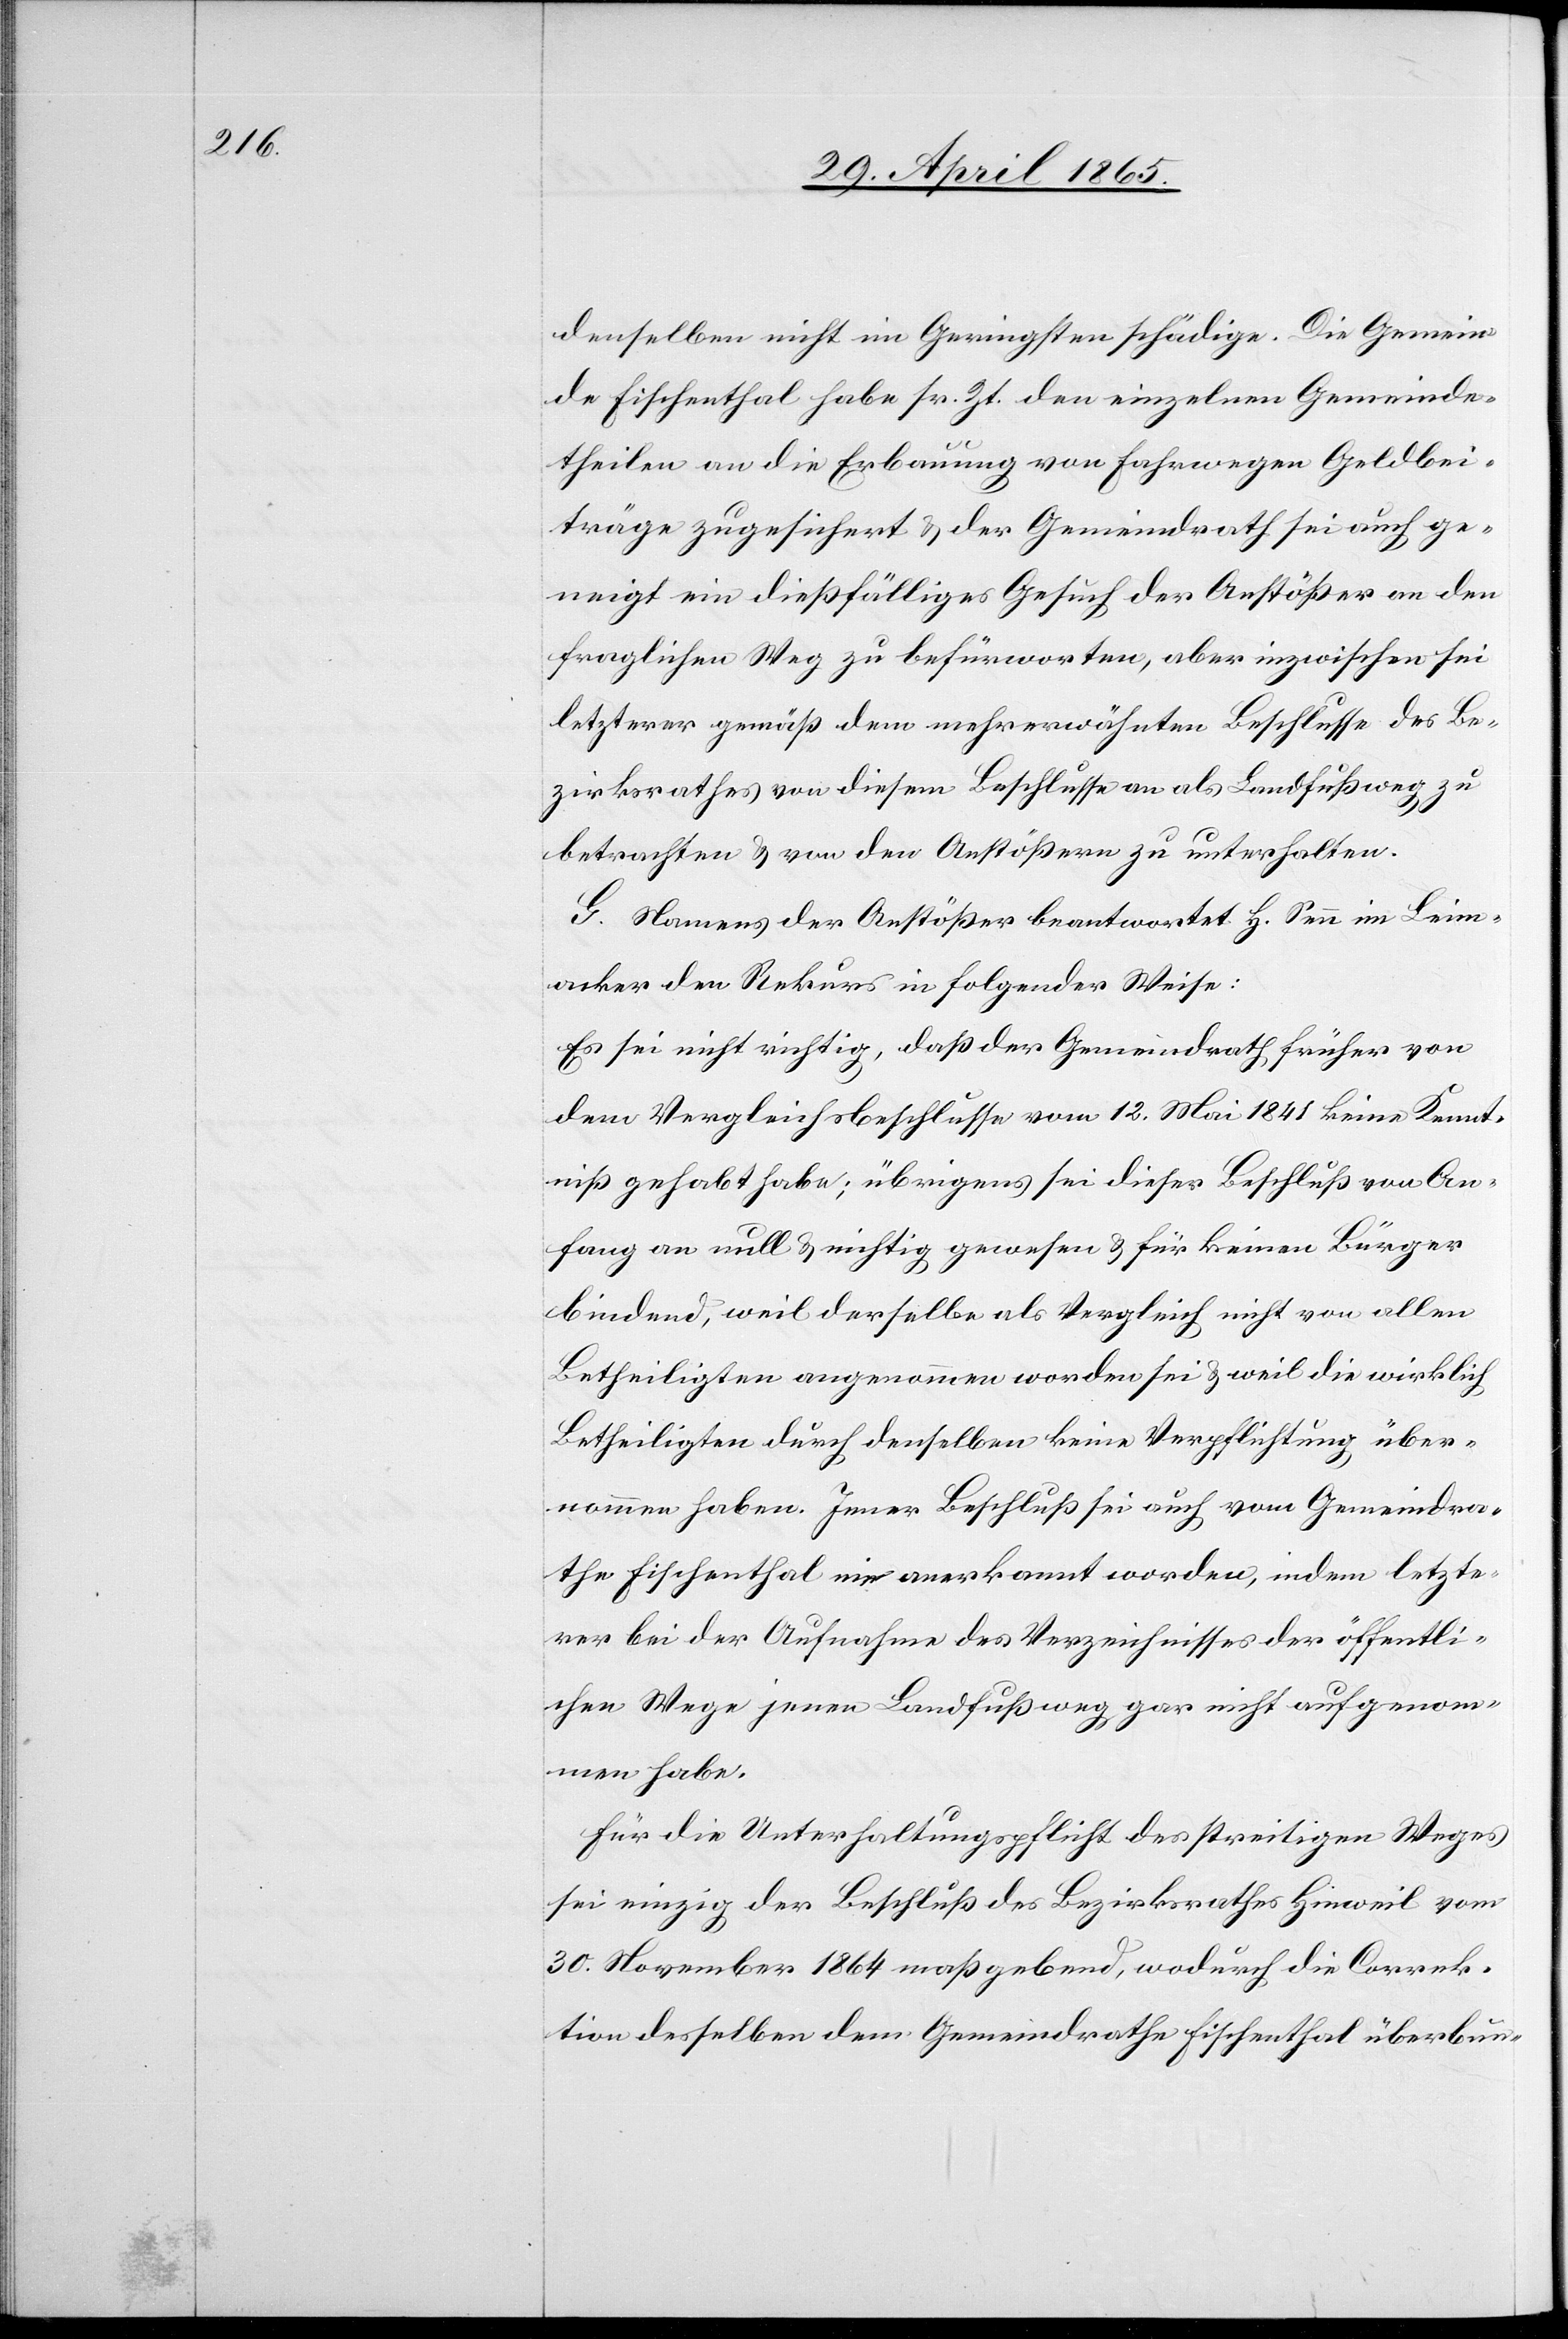
denselben nicht im Geringsten schädige. Die Gemein¬
de Fischenthal habe sr. Zt. den einzelnen Gemeinde¬
theilen an die Erbauung von Fahrwegen Geldbei¬
träge zugesichert & der Gemeindrath sei auch ge¬
neigt ein dießfälliges Gesuch der Anstößer an den
fraglichen Weg zu befürworten, aber inzwischen sei
letzterer gemäß dem mehrerwähnten Beschlusse des Be¬
zirksrathes von diesem Beschlusse an als Landfußweg zu
betrachten & von den Anstößern zu unterhalten.
G. Namens der Anstößer beantwortet H. Senn im Leim¬
acker den Rekurs in folgender Weise:
Es sei nicht richtig, daß der Gemeindrath früher von
dem Vergleichsbeschlusse vom 12. Mai 1845 keine Kennt¬
niß gehabt habe; übrigens sei dieser Beschluß von An¬
fang an null & nichtig gewesen & für keinen Bürger
bindend, weil derselbe als Vergleich nicht von allen
Betheiligten angenommen worden sei & weil die wirklich
Betheiligten durch denselben keine Verpflichtung über¬
nommen haben. Jener Beschluß sei auch vom Gemeindra¬
the Fischenthal nie anerkannt worden, indem letzte¬
rer bei der Aufnahme des Verzeichnisses der öffentli¬
chen Wege jenen Landfußweg gar nicht aufgenom¬
men habe.
Für die Unterhaltungspflicht des streitigen Weges
sei einzig der Beschluß des Bezirksrathes Hinweil vom
30. November 1864 maßgebend, wodurch die Correk¬
tion desselben dem Gemeindrathe Fischenthal überbun-